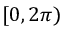
[ 0 , 2 \pi )